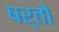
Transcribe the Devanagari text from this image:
षर्तो